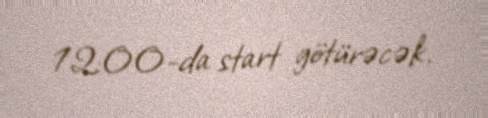
12:00-da start götürəcək.